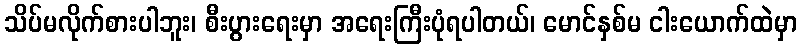
သိပ်မလိုက်စားပါဘူး၊ စီးပွားရေးမှာ အရေးကြီးပုံရပါတယ်၊ မောင်နှစ်မ ငါးယောက်ထဲမှာ